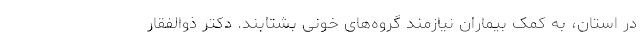
در استان، به کمک بیماران نیازمند گروه‌های خونی بشتابند. دکتر ذوالفقار